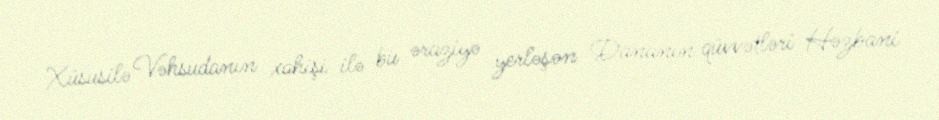
Xüsusilə Vəhsudanın xahişi ilə bu əraziyə yerləşən Dananın qüvvətləri Həzbani